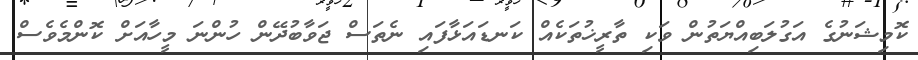
ކޮމިޝަނުގެ އަގުލަބިއްޔަތުން ވަކި ތާރީޚުތަކެއް ކަނޑައަޅާފައި ނެތަސް ޖަވާބުދޭން ހުންނަ މީހާއަށް ކޮންމެވެސް